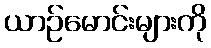
ယာဉ်မောင်းများကို